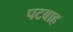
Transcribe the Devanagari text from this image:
पटबाह